Civil Veterinary Department. United Provinces 1932-42 - 1932-1942
Year: 1932
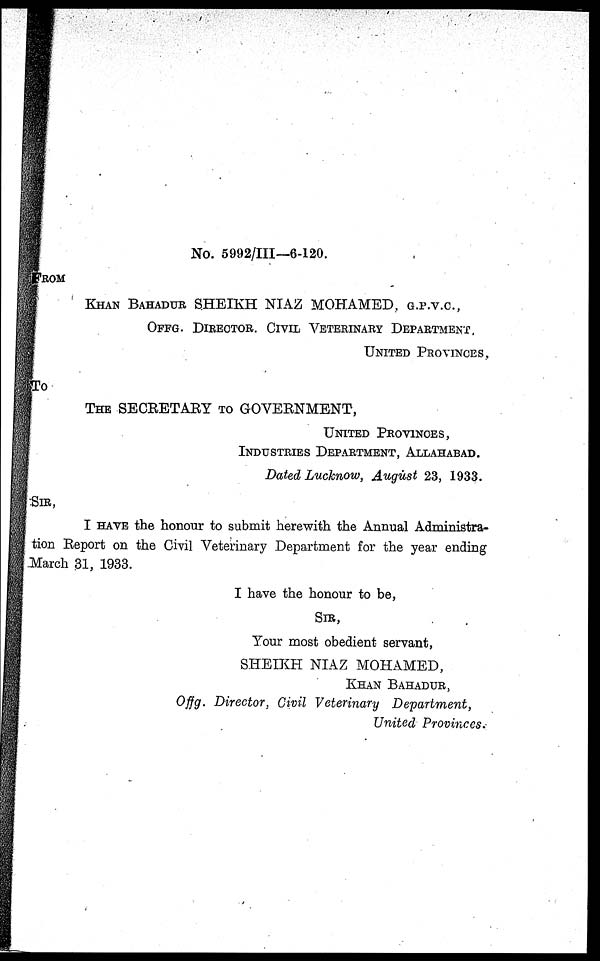
No. 5992/III—6-120.
FROM
KHAN BAHADUR SHEIKH NIAZ MOHAMED, G.P.V.C,
OFFG. DIRECTOR. CIVIL VETERINARY DEPARTMENT,
UNITED PROVINCES.
To
THE SECRETARY TO GOVERNMENT,
UNITED PROVINCES,
INDUSTRIES DEPARTMENT, ALLAHABAD.
Dated Lucknow, August 23, 1933.
SIR,
I HAVE the honour to submit herewith the Annual Administra-
tion Report on the Civil Veterinary Department for the year ending
March 31, 1933.
I have the honour to be,
SIR,
Your most obedient servant,
SHEIKH NIAZ MOHAMED,
KHAN BAHADUR,
Offg. Director, Civil Veterinary Department,
United Provinces.